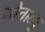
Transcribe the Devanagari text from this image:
मौतात्थु